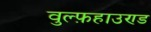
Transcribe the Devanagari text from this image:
वुल्फ़हाउण्ड